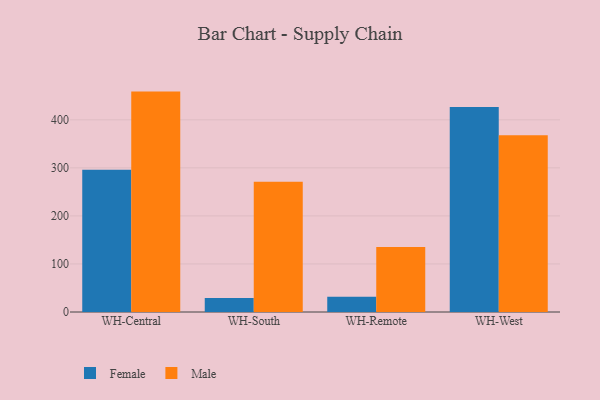
{"axis": {"x": "Warehouse", "y": "Tickets Resolved"}, "legend": ["Female", "Male"], "data": [{"x": "WH-Central", "y": 296.1, "type": "Female"}, {"x": "WH-Central", "y": 458.7, "type": "Male"}, {"x": "WH-South", "y": 28.9, "type": "Female"}, {"x": "WH-South", "y": 271.3, "type": "Male"}, {"x": "WH-Remote", "y": 31.9, "type": "Female"}, {"x": "WH-Remote", "y": 135.5, "type": "Male"}, {"x": "WH-West", "y": 426.6, "type": "Female"}, {"x": "WH-West", "y": 368.1, "type": "Male"}]}